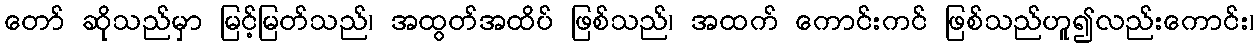
တော် ဆိုသည်မှာ မြင့်မြတ်သည်၊ အထွတ်အထိပ် ဖြစ်သည်၊ အထက် ကောင်းကင် ဖြစ်သည်ဟူ၍လည်းကောင်း၊